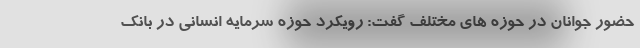
حضور جوانان در حوزه های مختلف گفت: رویکرد حوزه سرمایه انسانی در بانک